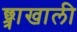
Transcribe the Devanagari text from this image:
छ्त्राखाली